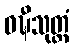
ဝဍ္ဎီသုတ္တံ